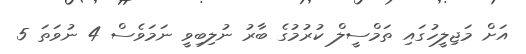
އަށް މަޖިލީހުގައި ތަމްސީލް ކުރުމުގެ ބާރު ނުލިބިވީ ނަމަވެސް 4 ނުވަތަ 5